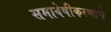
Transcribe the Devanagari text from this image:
समावेषीकरणाचे